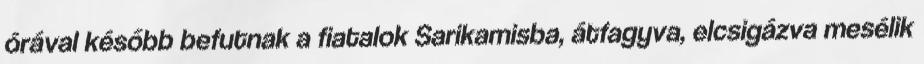
órával később befutnak a fiatalok Sarikamisba, átfagyva, elcsigázva mesélik